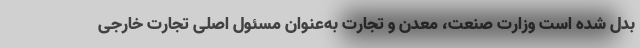
بدل شده است وزارت صنعت، معدن و تجارت به‌عنوان مسئول اصلی تجارت خارجی